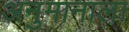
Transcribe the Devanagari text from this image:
अनुमानाला